Annual report of the Bengal Veterinary College and of the Civil Veterinary Department, Bengal, for the year 1910-1911 - 1910-1911
Year: 1910
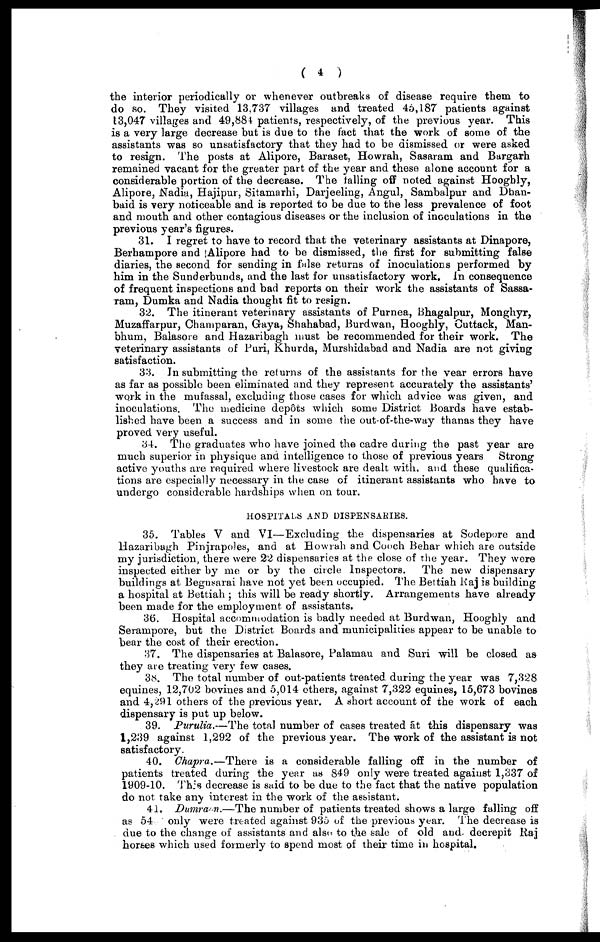
( 4 )
the interior periodically or whenever outbreaks of disease require them to
do so. They visited 13,737 villages and treated 45,187 patients against
13,047 villages and 49,884 patients, respectively, of the previous year. This
is a very large decrease but is due to the fact that the work of some of the
assistants was so unsatisfactory that they had to be dismissed or were asked
to resign. The posts at Alipore, Baraset, Howrah, Sasaram and Bargarh
remained vacant for the greater part of the year and these alone account for a
considerable portion of the decrease. The falling off noted against Hoogbly,
Alipore, Nadia, Hajipur, Sitamarhi, Darjeeling, Angul, Sambalpur and Dhan-
baid is very noticeable and is reported to be due to the less prevalence of foot
and mouth and other contagious diseases or the inclusion of inoculations in the
previous year's figures.
31. I regret to have to record that the veterinary assistants at Dinapore,
Berhampore and Alipore had to be dismissed, the first for submitting false
diaries, the second for sending in false returns of inoculations performed by
him in the Sunderbunds, and the last for unsatisfactory work. In consequence
of frequent inspections and bad reports on their work the assistants of Sassa-
ram, Dumka and Nadia thought fit to resign.
32. The itinerant veterinary assistants of Purnea, Bhagalpur, Monghyr,
Muzaffarpur, Champaran, Gaya, Shahabad, Burdwan, Hooghly, Cuttack, Man-
bhum, Balasore and Hazaribagh must be recommended for their work. The
veterinary assistants of Puri, Khurda, Murshidabad and Nadia are not giving
satisfaction.
33. In submitting the returns of the assistants for the year errors have
as far as possible been eliminated and they represent accurately the assistants'
work in the mufassal, excluding those cases for which advice was given, and
inoculations. The medicine depôts which some District Boards have estab-
lished have been a success and in some the out-of-the-way thanas they have
proved very useful.
34. The graduates who have joined the cadre during the past year are
much superior in physique and intelligence to those of previous years Strong
active youths are required where livestock are dealt with, and these qualifica-
tions are especially necessary in the case of itinerant assistants who have to
undergo considerable hardships when on tour.
HOSPITALS AND DISPENSARIES.
35. Tables V and VI—Excluding the dispensaries at Sodepore and
Hazaribagh Pinjrapoles, and at Howrah and Cooch Behar which are outside
my jurisdiction, there were 22 dispensaries at the close of the year. They were
inspected either by me or by the circle Inspectors. The new dispensary
buildings at Begusarai have not yet been occupied. The Bettiah Raj is building
a hospital at Bettiah ; this will be ready shortly. Arrangements have already
been made for the employment of assistants.
36. Hospital accommodation is badly needed at Burdwan, Hooghly and
Serampore, but the District Boards and municipalities appear to be unable to
bear the cost of their erection.
37. The dispensaries at Balasore, Palamau and Suri will be closed as
they are treating very few cases.
38. The total number of out-patients treated during the year was 7,328
equines, 12,702 bovines and 5,014 others, against 7,322 equines, 15,673 bovines
and 4,291 others of the previous year. A short account of the work of each
dispensary is put up below.
39. Purulia.—The total number of cases treated at this dispensary was
1,239 against 1,292 of the previous year. The work of the assistant is not
satisfactory.
40. Chapra.—There is a considerable falling off in the number of
patients treated during the year as 849 only were treated against 1,337 of
1909-10. This decrease is said to be due to the fact that the native population
do not take any interest in the work of the assistant.
41. Dumraon.—The number of patients treated shows a large falling off
as 54 only were treated against 935 of the previous year. The decrease is
due to the change of assistants and also to the sale of old and decrepit Raj
horses which used formerly to spend most of their time in hospital.